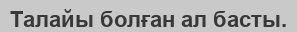
Талайы болған ал басты.